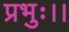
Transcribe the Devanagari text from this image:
प्रभुः।।